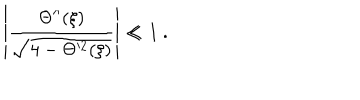
\left| \frac { \Theta ^ { \prime \prime } ( \xi ) } { \sqrt { 4 - \Theta ^ { \prime 2 } ( \xi ) } } \right| \ll 1 \ .